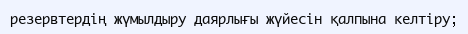
резервтердің жүмылдыру даярлығы жүйесін қалпына келтіру;